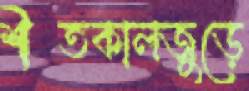
শীতকালজুড়ে